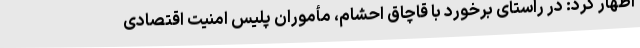
اظهار کرد: در راستای برخورد با قاچاق احشام، مأموران پلیس امنیت اقتصادی